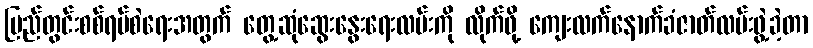
ပြည်တွင်းစစ်ရပ်စဲရေးအတွက် တွေ့ဆုံဆွေးနွေးရေးလမ်းကို လိုက်ဖို့ ကျေးလက်နောက်ခံဇာတ်လမ်းဖွဲ့ခဲ့တာ